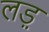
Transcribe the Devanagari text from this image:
लड़़